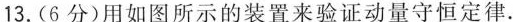
13.(6分)用如图所示的装置来验证动量守恒定律。